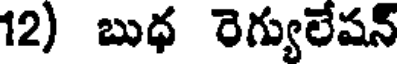
12) బుధ రెగ్యులేషన్